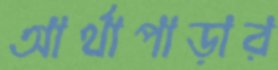
আর্থাপাড়ার